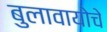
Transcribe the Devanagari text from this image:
बुलावायोचे